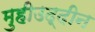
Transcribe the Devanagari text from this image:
मुहीउद्दीन